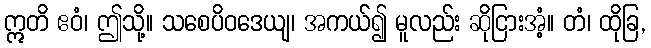
ဣတိ ဧဝံ၊ ဤသို့။ သစေပိဝဒေယျ၊ အကယ်၍ မူလည်း ဆိုငြားအံ့။ တံ၊ ထိုခြ,